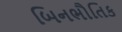
બિનભૌતિક